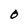
Character: O